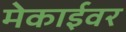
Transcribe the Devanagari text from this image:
मेकाईवर